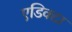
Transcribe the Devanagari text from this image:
एडिक्टा